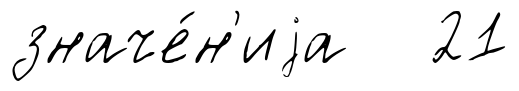
значе́н'иjа 21